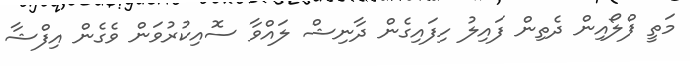
މަތީ ފްލޯއިން ދެތިން ފައިލު ހިފައިގެން ދާނިޝް ލައްވާ ސޮއިކުރުވަން ވެގެން އިފްޝާ